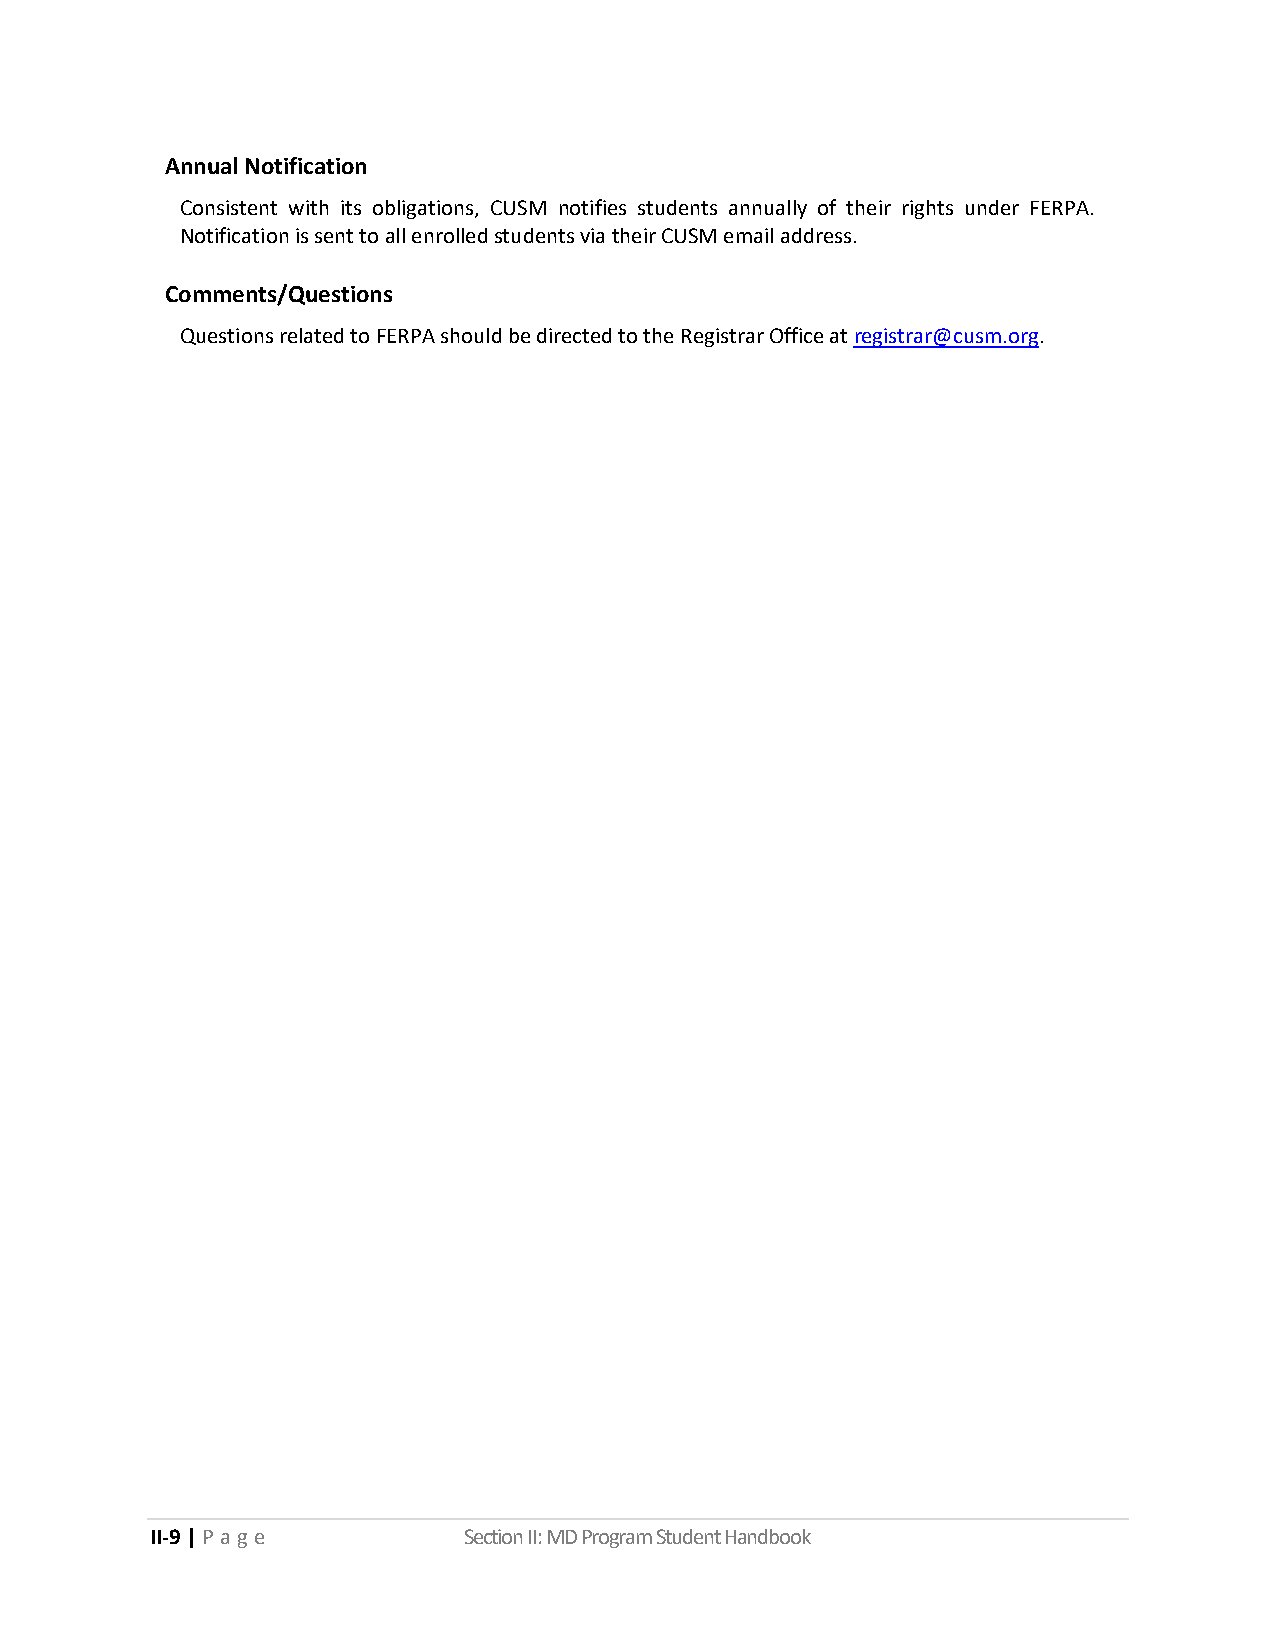
Annual Notification
 Consistent with its obligations, CUSM notifies students annually of their rights under FERPA.
 Notification is sent to all enrolled students via their CUSM email address.
 Comments/Questions
 Questions related to FERPA should be directed to the Registrar Office at registrar@cusm.org.
 II-9 | P a ge        Section II: MD Program Student Handbook